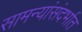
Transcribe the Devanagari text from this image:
सामन्यांसंदर्भात